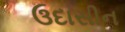
ઉદાસીન